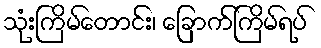
သုံးကြိမ်တောင်း၊ ခြောက်ကြိမ်ရပ်